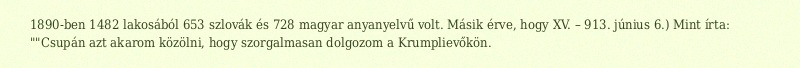
1890-ben 1482 lakosából 653 szlovák és 728 magyar anyanyelvű volt. Másik érve, hogy XV. – 913. június 6.) Mint írta: ""Csupán azt akarom közölni, hogy szorgalmasan dolgozom a Krumplievőkön.